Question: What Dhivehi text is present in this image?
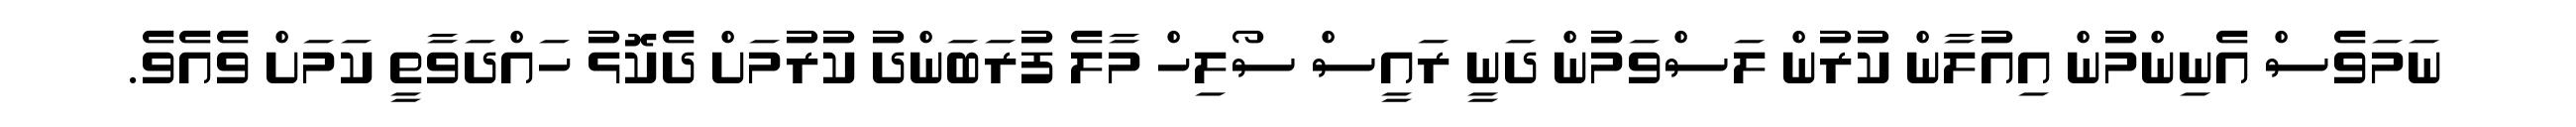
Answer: ނަމަވެސް އެނިންމުން އިއުލާން ކުރުން ލަސްވަމުން ދަނީ ރައީސް ސޯލިހް މާލެ ފުރަބަންދު ކުރުމަށް ދެކޮޅު ހައްދަވާތީ ކަމަށް ވެއެވެ.